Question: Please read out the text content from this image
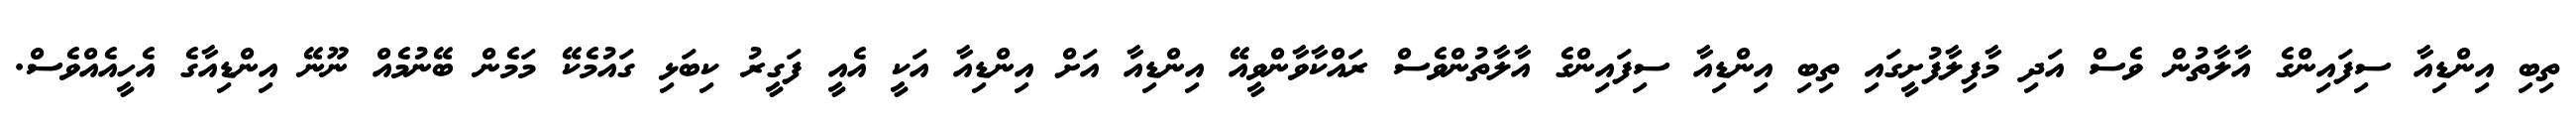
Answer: ތިބި އިންޑިއާ ސިފައިންގެ އާލާތުން ވެސް އަދި މާފިލާފުށީގައި ތިބި އިންޑިއާ ސިފައިންގެ އާލާތުންވެސް ރައްކާވާންވީއޭ އިންޑިއާ އަށް އިންޑިއާ އަކީ އެއީ ފަގީރު ކިބަޅި ގައުމެކޭ މަމެން ބޭނުމެއް ނޫނޭ އިންޑިއާގެ އެހީއެއްވެސް.